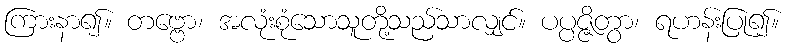
ကြားနာ၍။ တဗ္ဗော၊ အလုံးစုံသောသူတို့သည်သာလျှင်။ ပပ္ပဇ္ဇိတွာ၊ ရဟန်းပြု၍။